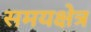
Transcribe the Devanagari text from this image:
समयक्षेत्र